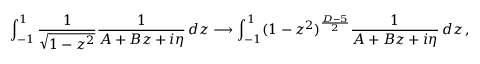
\int _ { - 1 } ^ { 1 } \frac { 1 } { \sqrt { 1 - z ^ { 2 } } } \frac { 1 } { A + B z + i \eta } \, d z \longrightarrow \int _ { - 1 } ^ { 1 } ( 1 - z ^ { 2 } ) ^ { \frac { D - 5 } { 2 } } \frac { 1 } { A + B z + i \eta } \, d z \, ,